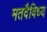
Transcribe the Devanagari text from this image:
मतवैविध्य